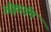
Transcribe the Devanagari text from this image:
ॲक्वाडॅम